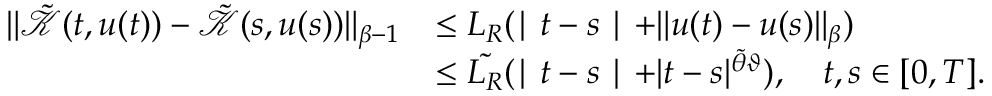
\begin{array} { r l } { \| \tilde { \mathcal { K } } ( t , u ( t ) ) - \tilde { \mathcal { K } } ( s , u ( s ) ) \| _ { \beta - 1 } } & { \leq L _ { R } ( \mid t - s \mid + \| u ( t ) - u ( s ) \| _ { \beta } ) } \\ & { \leq \tilde { L _ { R } } ( \mid t - s \mid + | t - s | ^ { \tilde { \theta } \vartheta } ) , \quad t , s \in [ 0 , T ] . } \end{array}